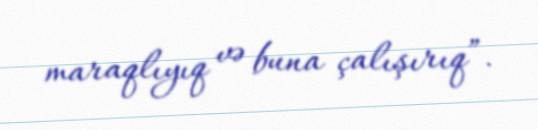
maraqlıyıq və buna çalışırıq”.